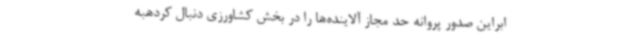
ابراین صدور پروانه حد مجاز آلاینده‌ها را در بخش کشاورزی دنبال کردهبه